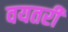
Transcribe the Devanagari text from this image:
वयतरी